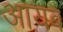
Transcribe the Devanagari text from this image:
आयब